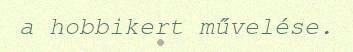
a hobbikert művelése.